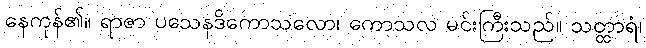
နေကုန်၏။ ရာဇာ ပသေနဒိကောသလော၊ ကောသလ မင်းကြီးသည်။ သတ္ထာရံ၊